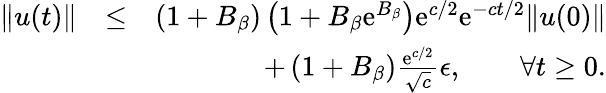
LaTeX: \begin{array}{rlr}{\| u(t)\| }&{\leq}&{\left(1+B_{\beta}\right)\left(1+B_{\beta}\mathrm{e}^{B_{\beta}}\right)\mathrm{e}^{c/2}\mathrm{e}^{-ct/2}\| u(0)\| }\\ &{}&{+\left(1+B_{\beta}\right){\frac{\mathrm{e}^{c/2}}{\sqrt{c}}}\epsilon,\qquad\forall t\geq 0.}\end{array}